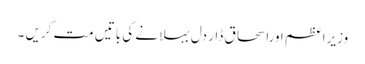
وزیراعظم اوراسحاق ڈار دل بہلانے کی باتیں مت کریں ۔